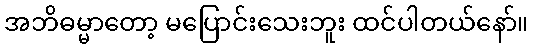
အဘိဓမ္မာတော့ မပြောင်းသေးဘူး ထင်ပါတယ်နော်။